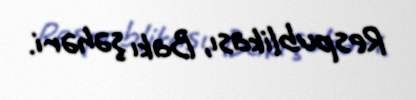
Respublikası, Bakı şəhəri.